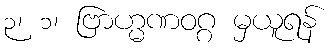
၃၊ ၁၊ ဗြာဟ္မဏဝဂ္ဂ မှယူရန်